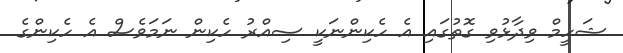
ޝަހީމް ވިދާޅުވި ގޮތުގައި އެ ހެކިންނަކީ ސިއްރު ހެކިން ނަމަވެސް އެ ހެކިންގެ